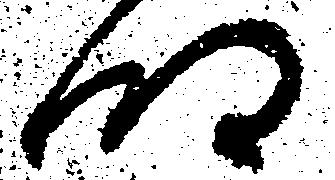
明